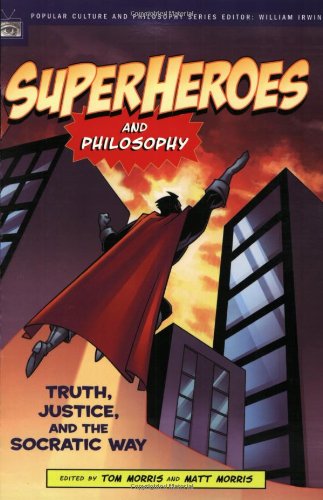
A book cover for Superheroes and Philosophy: Truth, Justice, and the Socratic Way (Popular Culture and Philosophy); Politics & Social Sciences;